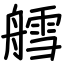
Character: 艝